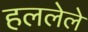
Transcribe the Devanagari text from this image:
हललेले